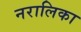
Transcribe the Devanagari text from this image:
नरालिका